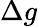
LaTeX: \Delta g